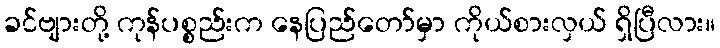
ခင်ဗျားတို့ ကုန်ပစ္စည်းက နေပြည်တော်မှာ ကိုယ်စားလှယ် ရှိပြီလား။